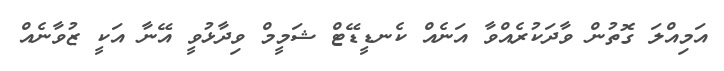
އަމިއްލަ ގޮތުން ވާދަކުރެއްވާ އަނެއް ކެނޑީޑޭޓް ޝަމީމް ވިދާޅުވީ އޭނާ އަކީ ޒުވާނެއް